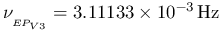
\nu _ { _ { E P _ { V 3 } } } = 3 . 1 1 1 3 3 \times 1 0 ^ { - 3 } \, \mathrm { { H z } }